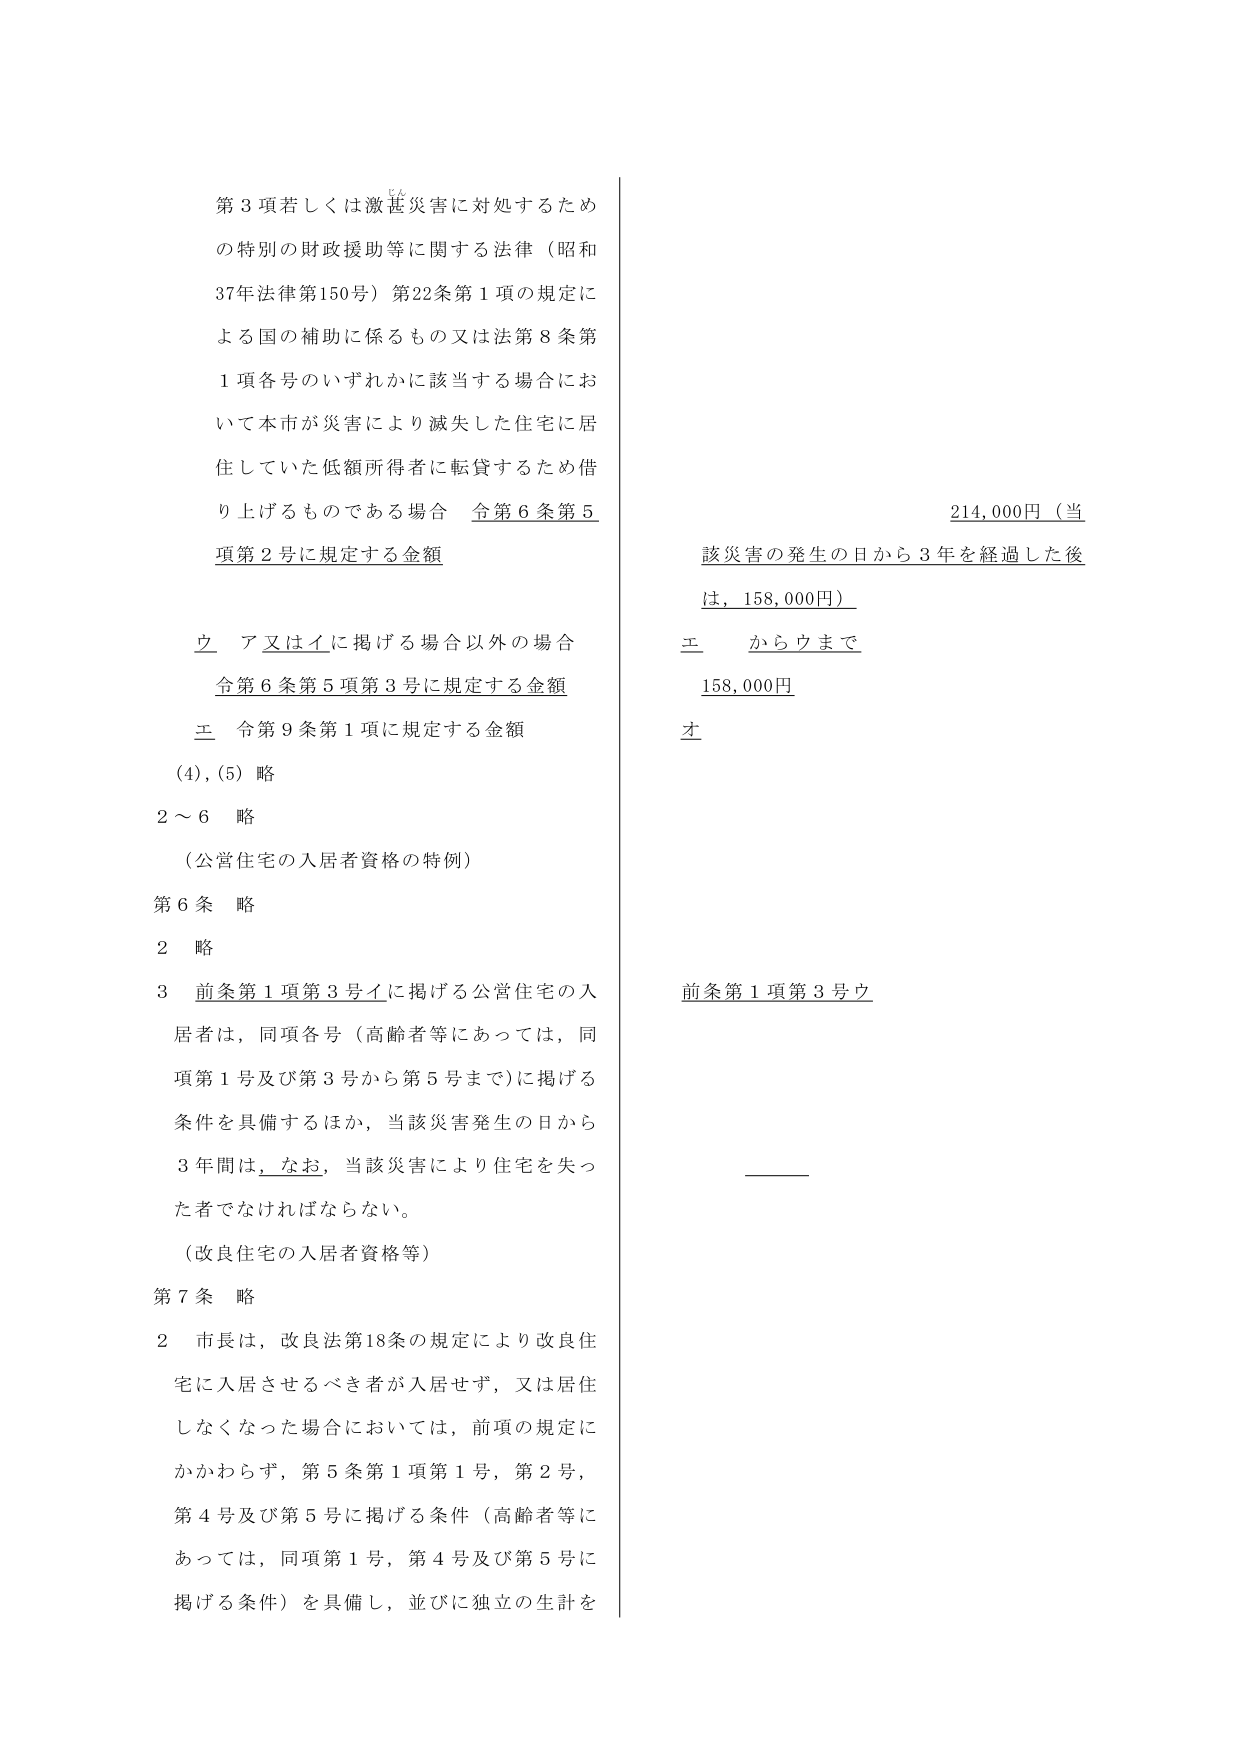
第3項若しくは激甚災害に対処するため
の特別の財政援助等に関する法律（昭和
37年法律第150号）第22条第1項の規定に
よる国の補助に係るもの又は法第8条第
1項各号のいずれかに該当する場合にお
いて本市が災害により滅失した住宅に居
住していた低額所得者に転貸するため借
り上げるものである場合 令第6条第5
項第2号に規定する金額

立 ア又はイに掲げる場合以外の場合
令第6条第5項第3号に規定する金額
エ 令第9条第1項に規定する金額
(4), (5) 略
2～6 略
（公営住宅の入居者資格の特例）
第6条 略
2 略
3 前条第1項第3号イに掲げる公営住宅の入
居者は，同項各号（高齢者等にあっては，同
項第1号及び第3号から第5号まで）に掲げる
条件を具備するほか，当該災害発生の日から
3年間は，なお，当該災害により住宅を失っ
た者でなければならない。
（改良住宅の入居者資格等）
第7条 略
2 市長は，改良法第18条の規定により改良住
宅に入居させるべき者が入居せず，又は居住
しなくなった場合においては，前項の規定に
かかわらず，第5条第1項第1号，第2号，
第4号及び第5号に掲げる条件（高齢者等に
あっては，同項第1号，第4号及び第5号に
掲げる条件）を具備し，並びに独立の生計を

214,000円（当
該災害の発生の日から3年を経過した後
は，158,000円）
エ からウまで
158,000円
オ
前条第1項第3号ウ